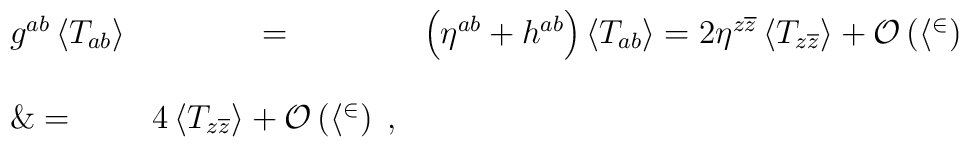
\begin{array}{lcl}g^{ab}\left<T_{ab}\right>&=&\left(\eta^{ab}+h^{ab}\right)\left<T_{ab}\right>=2\eta^{z\overline z}\left<T_{z\overline z}\right>+\cal O\left(h^2\right)\\\\\&=&4\left<T_{z\overline z}\right>+\cal O\left(h^2\right)\;,\end{array}